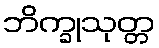
ဘိက္ခုသုတ္တ